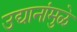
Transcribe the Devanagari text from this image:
उद्यानांमुळे